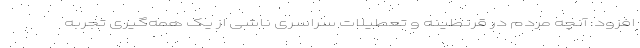
افزود: آنچه مردم در قرنطینه و تعطیلات سراسری ناشی از یک همه‌گیری تجربه